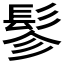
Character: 𩬖